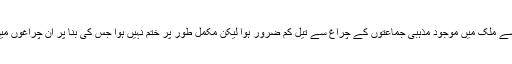
مارشل لا کے نفاذ سے ملک میں موجود مذہبی جماعتوں کے چراغ سے تیل کم ضرور ہوا لیکن مکمل طور پر ختم نہیں ہوا جس کی بنا پر ان چراغوں میں روشنی باقی رہی۔